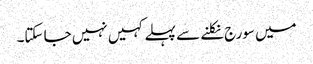
میں سورج نکلنے سے پہلے کہیں نہیں جا سکتا۔